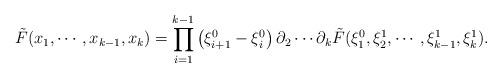
LaTeX: \begin{align*}\tilde{F}(x_1,\cdots,x_{k-1},x_k)=\prod_{i=1}^{k-1}\left(\xi^{0}_{i+1}-\xi_i^0\right)\partial_2\cdots \partial_k \tilde{F}(\xi_1^0,\xi_2^1,\cdots,\xi^1_{k-1},\xi^{1}_k).\end{align*}